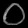
Digit: ၀